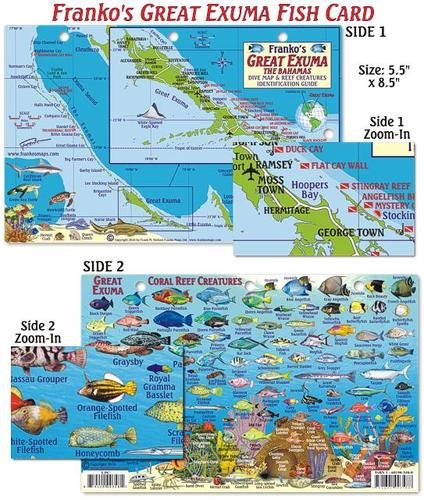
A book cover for Great Exuma Bahamas Dive Map & Reef Creatures Guide Franko Maps Laminated Fish Card; Franko Maps Ltd.; Travel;